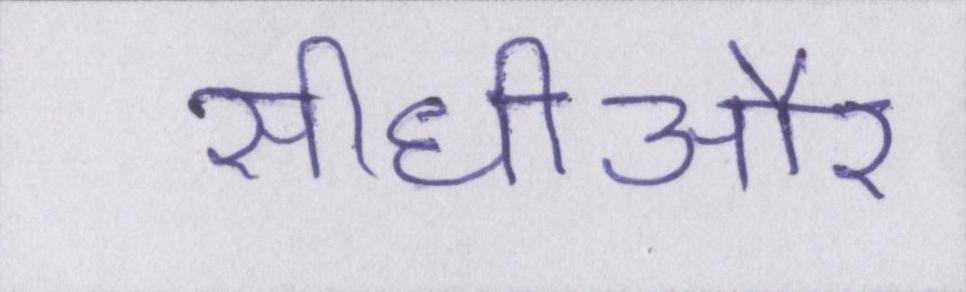
सीधीऔर